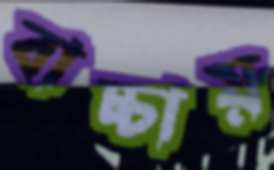
বাচ্চায়